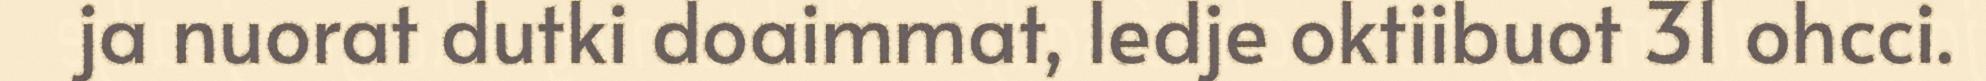
ja nuorat dutki doaimmat, ledje oktiibuot 31 ohcci.